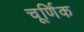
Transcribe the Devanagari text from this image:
चूर्णिक